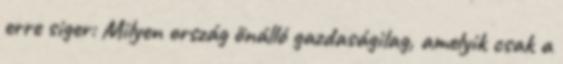
erre siger: Milyen ország önálló gazdaságilag, amelyik csak a